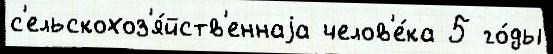
с'ельскохоз'я́йств'еннаjа челов'е́ка 5 го́ды